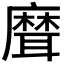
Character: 𦗕